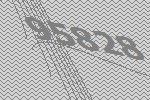
95828